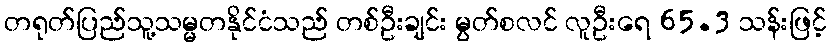
တရုတ်ပြည်သူ့သမ္မတနိုင်ငံသည် တစ်ဦးချင်း မွတ်စလင် လူဦးရေ 65.3 သန်းဖြင့်